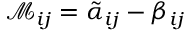
\mathcal M _ { i j } = \tilde { \alpha } _ { i j } - \beta _ { i j }